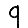
Digit: 9